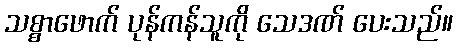
သစ္စာဖောက် ပုန်ကန်သူကို သေဒဏ် ပေးသည်။